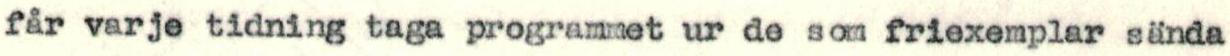
får varje tidning taga programmet ur de som friexemplar sända